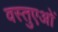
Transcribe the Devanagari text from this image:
वस्तुएओं